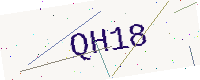
Text: QH18